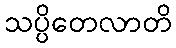
သပ္ပိတေလာတိ